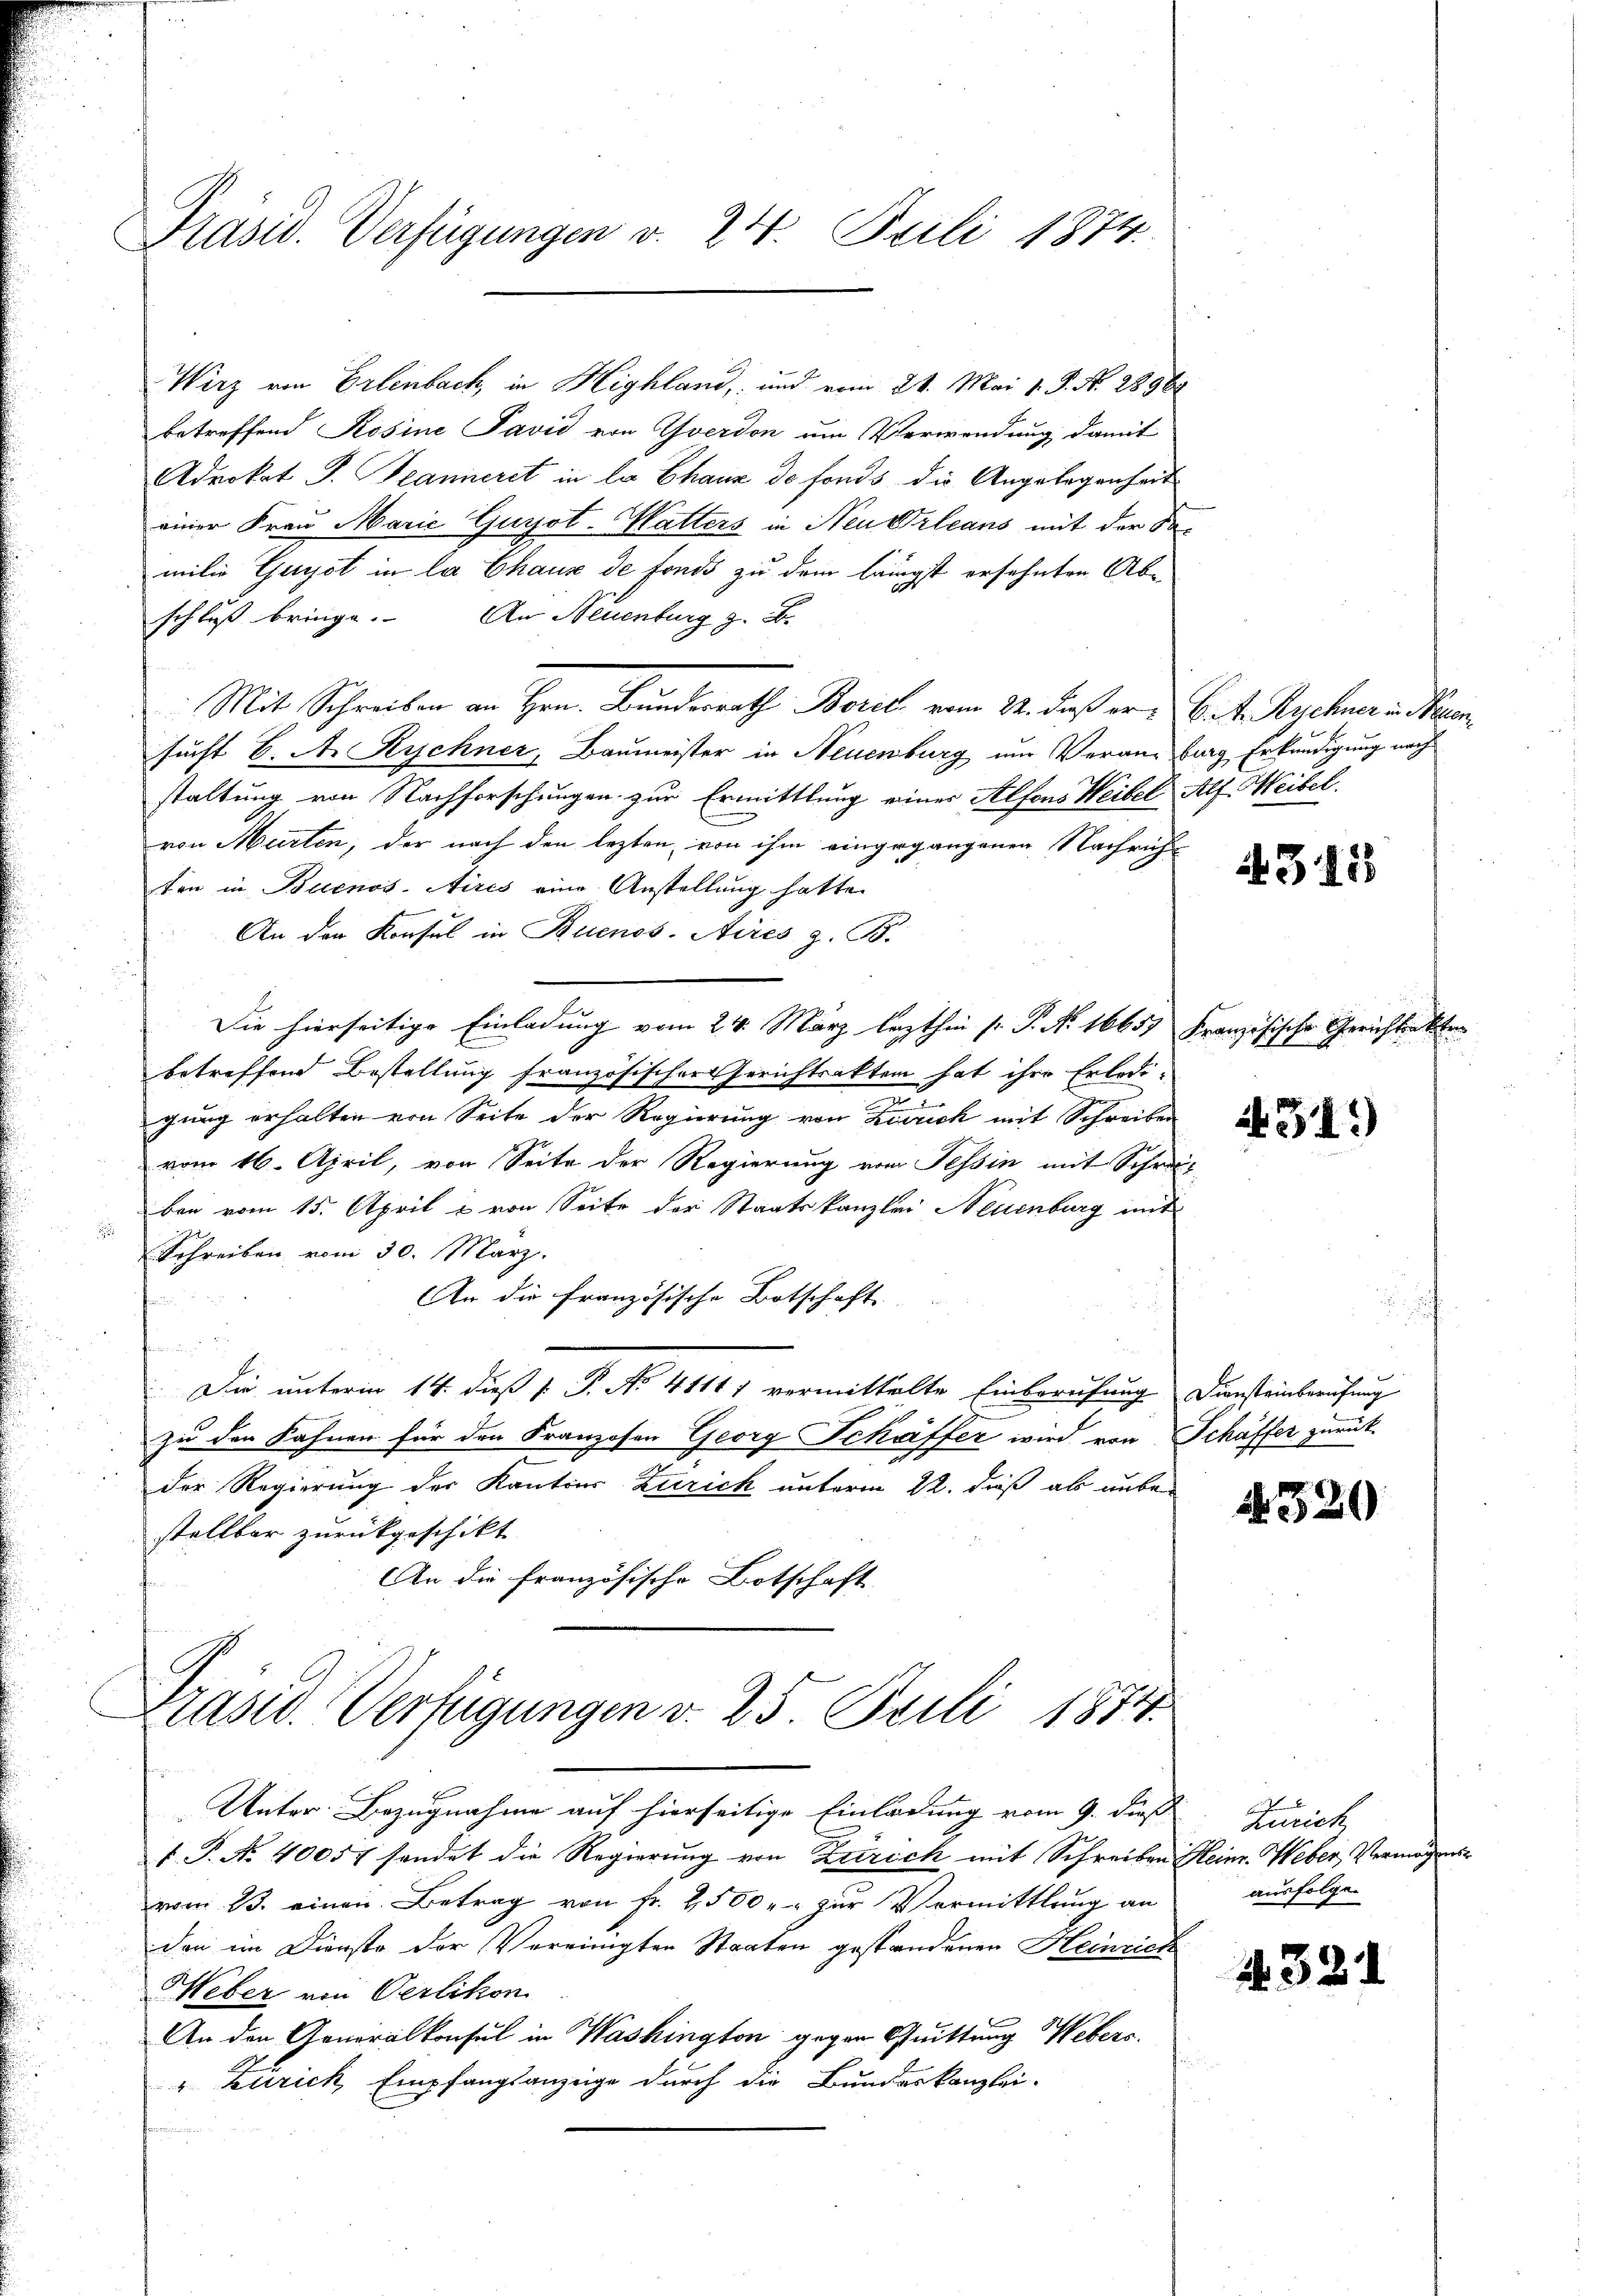
Präsid. Verfügungen v. 24. Juli 1874.

Wirz von Erlenbach, in Highland, und vom 21. Mai v. J. N. 2896
betreffend Rosine Pavid von Yverdon um Verwendung, damit
Advokat P. Jeanneret in la Chaux de fonds die Angelegenheit
einer Frau Marić Guyot-Matters in Neu Orleans mit der Sa-
milie Gayot in la Chaus de fonds zu dem längst ersehnten Abe
schluß bringe. An Steuenburg z. B.
Mit Schreiben an Hrn. Bundesrath Borel vom 24. daß er betr. Kucher v. Neuen
sucht 6. A. Richner, Baumeister in Neuenburg um Veransburg Erkundigung nach
staltung von Nachforschungen zur Ermittlung einer Alfons Weibel Alf Weibel.
von Murten, der nach den lezten von ihm eingegangenen Nachricht
ten in Buenos Aires eine Anstellung hatte
An der Konsul in Buenos-Aires z. B.
Die hierseitige Einladung vom 24. März lezthin sr. P. No. 1665. Französische Gerichtsakten
betreffend Bestellung französischer Gerichtsakten hat ihre Erledi¬

gung erhalten von Seite der Regierung von Zürich mit Schreiben
vom 16. April, von Seite der Regierung vom Tessin mit Schreiz
ben vom 15. April & von Seite der Staatskanzlei Neuenburg mit
Schreiben vom 30. März.
An die Französische Botschaft
f
aun u
Die unterm 14. dieß P. P. No 41111 vermittelte Einberufung Diensteinberufung
zu den Fahnen für den Franzosen Georg Schäffer wird von Schäffer zurück-
der Regierung der Kantons Zürich unterm 22. dieß als unbe-
stellbar zurückgeschikt
An die französische Botschaft
Präsid. Verfügungen v. 25 Prili 1874.
Unter Bezugnahme auf hierseitige Einladung vom 9. dieß. Zürich
f. P. No. 40057 sendet die Regierung von Kririch mit Schreiben Heinr. Weber, Vermögensvom 23. einen Betrag von Fr. 2500 " zur Vermittlung an
don im Dienste der Vereinigten Staaten gestandenen Heinrich
Heber von Oerlikon
An den Generalkonsul in Washington gegen Quittung Webers,
" Zürich, Empfangsanzeige durch die Bundeskanzlei-

4318

431)

520

ausfolge.

1321